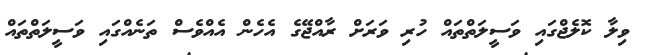
ވިލާ ކޮލެޖްގައި ވަސީލަތްތައް ހުރި ވަރަށް ރާއްޖޭގެ އެހެން އެއްވެސް ތަނެއްގައި ވަސީލަތްތައް